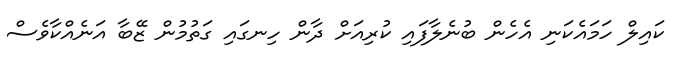
ކައިލް ހަމައެކަނި އެހެން ބުނެލާފައި ކުރިއަށް ދާން ހިނގައި ގަތުމުން ޒޭބާ އަނެއްކާވެސް